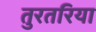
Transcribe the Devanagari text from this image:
तुरतरिया